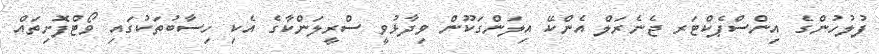
ފުލުހުންގެ އިންސްޕެކްޓަރ ޖެނެރަލް އެންކޭ އިލަންގަކޫން ވިދާޅުވީ ސްރީލަންކާގެ އެކި ހިސާބުތަކުގައި ވޯޓްފޮށިތައް